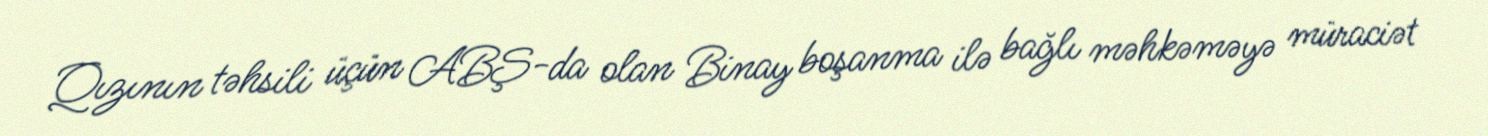
Qızının təhsili üçün ABŞ-da olan Binay boşanma ilə bağlı məhkəməyə müraciət